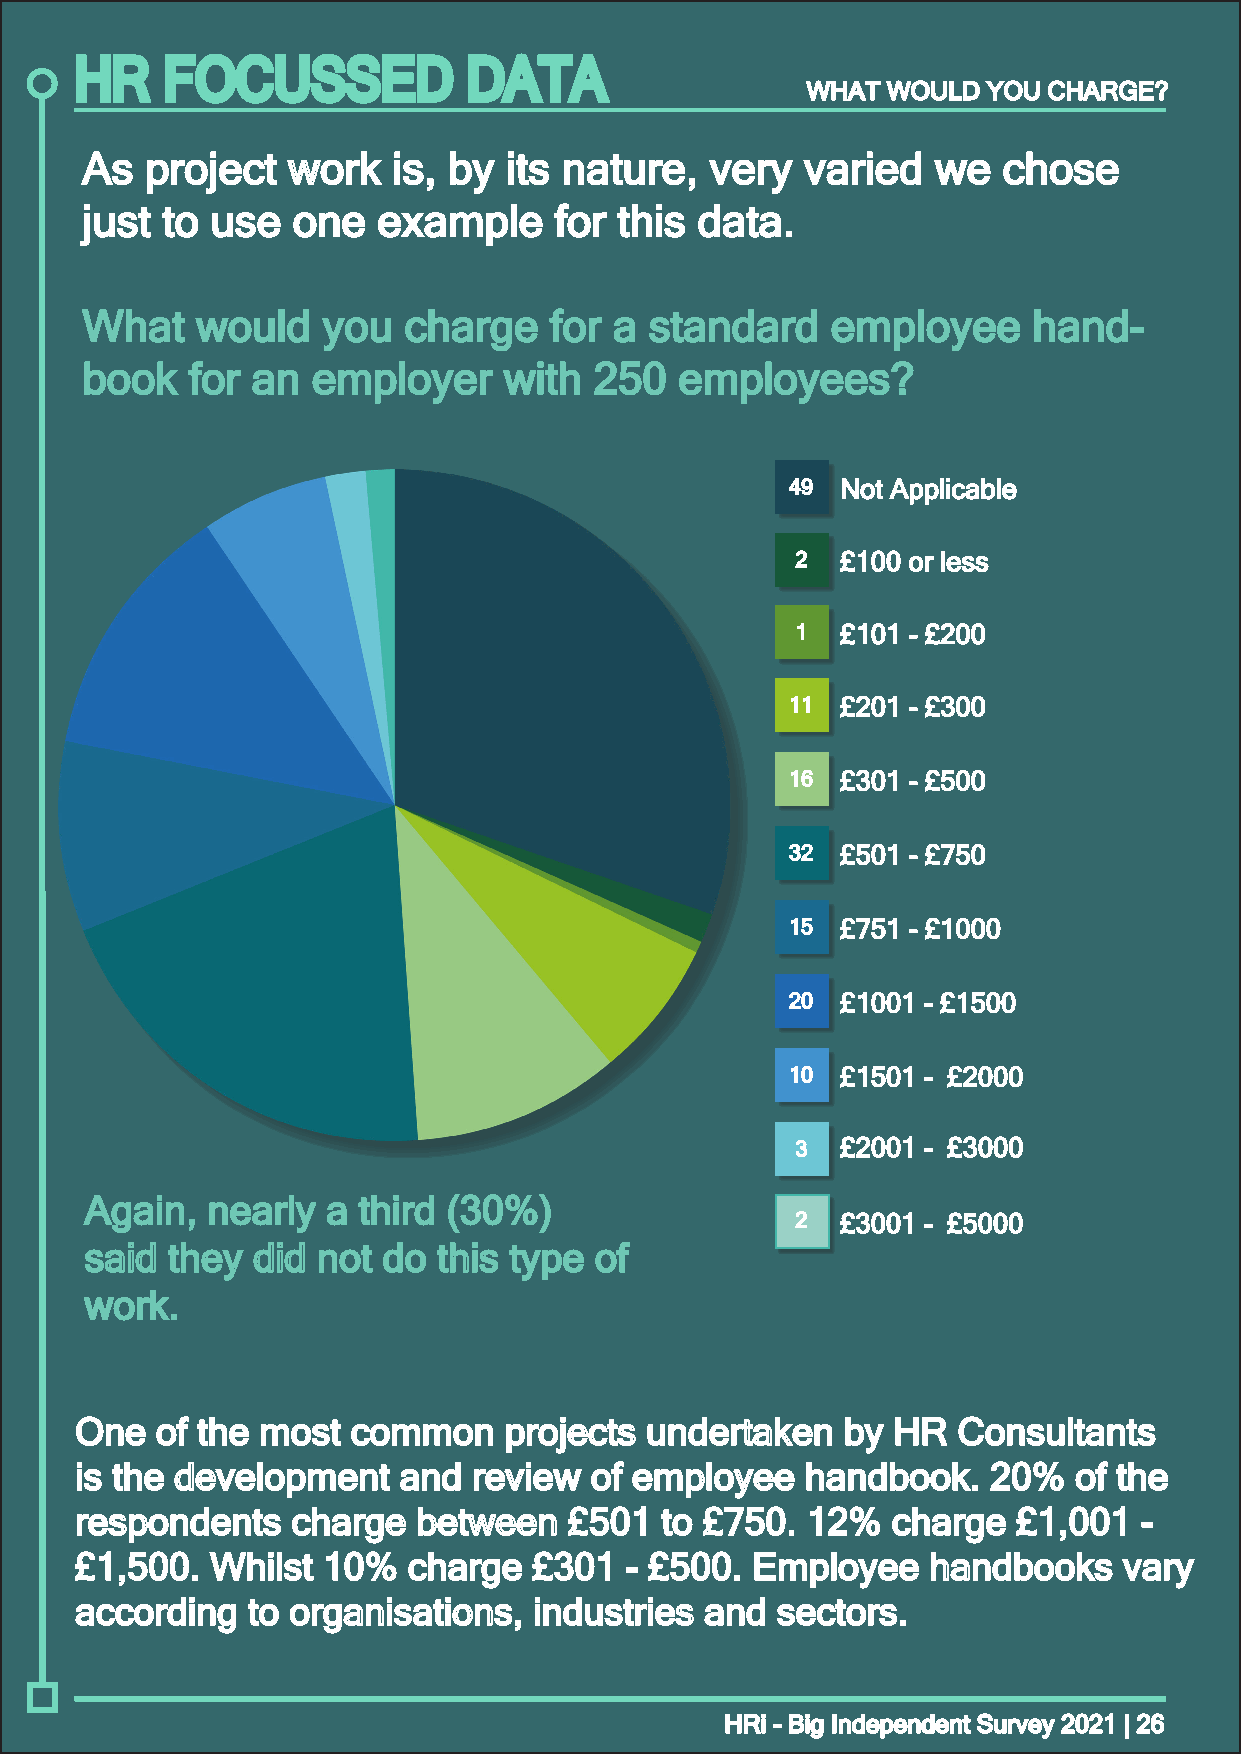
HR    FOCUSSED            DATA
 WWHHAATT WWOOUULLDD YYOOUU CCHHAARRGGEE??
 AAss pprroojjeecctt wwoorrkk iiss,, bbyy iittss nnaattuurree,, vveerryy vvaarriieedd wwee cchhoossee
 jjuusstt ttoo uussee oonnee eexxaammppllee ffoorr tthhiiss ddaattaa..
 WWhhaatt wwoouulldd yyoouu cchhaarrggee ffoorr aa ssttaannddaarrdd eemmppllooyyeeee hhaanndd--
 bbooookk ffoorr aann eemmppllooyyeerr wwiitthh 225500 eemmppllooyyeeeess??
 4499 NNoott AApppplliiccaabbllee
 22 ££110000 oorr lleessss
 11 ££110011 -- ££220000
 1111 ££220011 -- ££330000
 1166 ££330011 -- ££550000
 3322 ££550011 -- ££775500
 1155 ££775511 -- ££11000000
 2200 ££11000011 -- ££11550000
 1100 ££11550011 -- ££22000000
 33 ££22000011 -- ££33000000
 AAggaaiinn,, nneeaarrllyy aa tthhiirrdd ((3300%%))
 22 ££33000011 -- ££55000000
 ssaaiidd tthheeyy ddiidd nnoott ddoo tthhiiss ttyyppee ooff
 wwoorrkk..
 OOnnee ooff tthhee mmoosstt ccoommmmoonn pprroojjeeccttss uunnddeerrttaakkeenn bbyy HHRR CCoonnssuullttaannttss
 iiss tthhee ddeevveellooppmmeenntt aanndd rreevviieeww ooff eemmppllooyyeeee hhaannddbbooookk.. 2200%% ooff tthhee
 rreessppoonnddeennttss cchhaarrggee bbeettwweeeenn ££550011 ttoo ££775500.. 1122%% cchhaarrggee ££11,,000011 --
 ££11,,550000.. WWhhiillsstt 1100%% cchhaarrggee ££330011 -- ££550000.. EEmmppllooyyeeee hhaannddbbooookkss vvaarryy
 aaccccoorrddiinngg ttoo oorrggaanniissaattiioonnss,, iinndduussttrriieess aanndd sseeccttoorrss..
 HHRRii -- BBiigg IInnddeeppeennddeenntt SSuurrvveeyy 22002211 || 2266